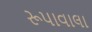
રૂપાવાલા